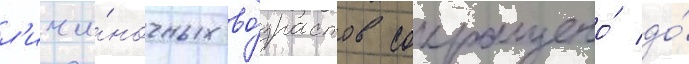
л'ичи́ночных во́зрастов сокращено́ до́